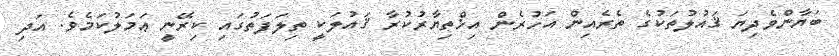
ބަޔާންވެދިޔަ ޤައުލުތަކުގެ ތެރެއިން އަހުރެން އިޚްތިޔާރުކުރާ ޤައުލަކީ ތިލަފަތުގައި ކިރޭނީ ޢަމަލުކަމެވެ. އަދި